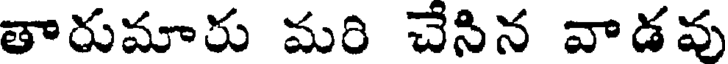
తారుమారు మరి చేసిన వాడవు